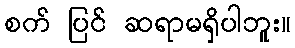
စက် ပြင် ဆရာမရှိပါဘူး။